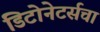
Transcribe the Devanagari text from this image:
डिटोनेटर्सचा